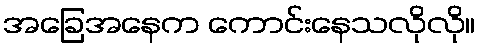
အခြေအနေက ကောင်းနေသလိုလို။